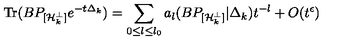
\mathrm { T r } ( B P _ { [ { \cal H \/ } _ { k } ^ { \perp } ] } e ^ { - t \Delta _ { k } } ) = \sum _ { 0 { \leq } l { \leq } l _ { 0 } } a _ { l } ( B P _ { [ { \cal H \/ } _ { k } ^ { \perp } ] } | \Delta _ { k } ) t ^ { - l } + O ( t ^ { \epsilon } )